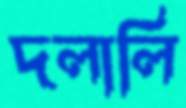
দলালি